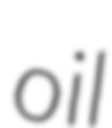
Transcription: oil